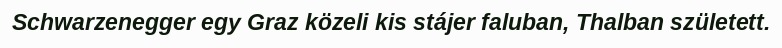
Schwarzenegger egy Graz közeli kis stájer faluban, Thalban született.